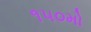
૧૫૦મો